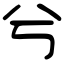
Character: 兮